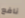
نافع